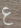
ع